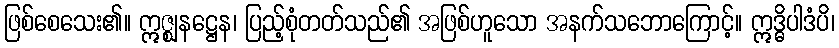
ဖြစ်စေသေး၏။ ဣဇ္ဈနဋ္ဌေန၊ ပြည့်စုံတတ်သည်၏ အဖြစ်ဟူသော အနက်သဘောကြောင့်။ ဣဒ္ဓိပါဒံပိ၊